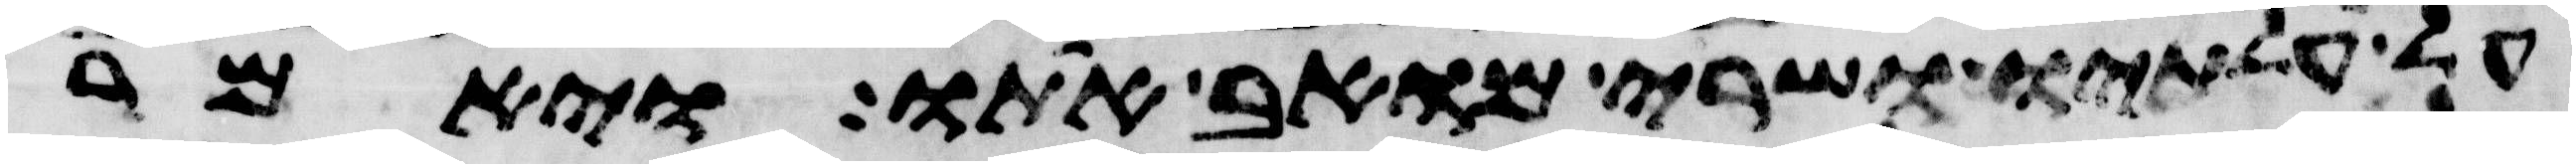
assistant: על עלתיו ושרי מואב אתו ויאמר